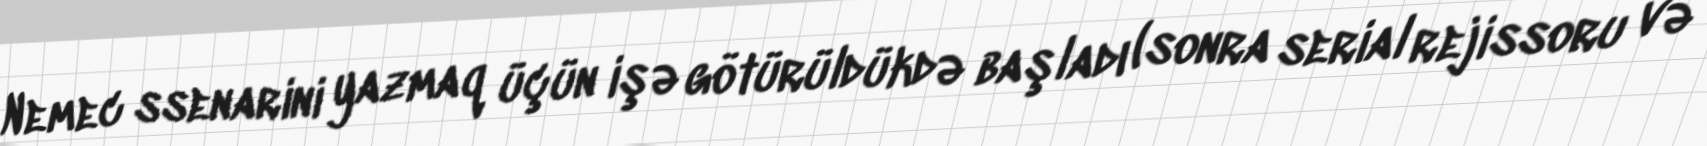
Nemec ssenarini yazmaq üçün işə götürüldükdə başladı (sonra serial rejissoru və